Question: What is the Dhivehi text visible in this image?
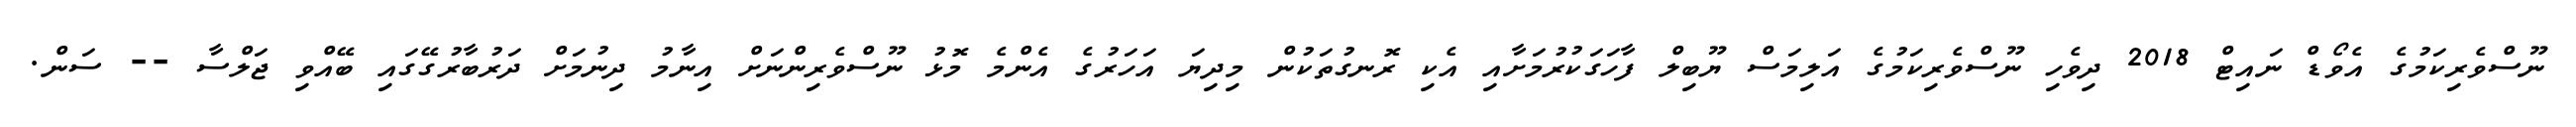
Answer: ނޫސްވެރިކަމުގެ އެވޯޑް ނައިޓް 2018 ދިވެހި ނޫސްވެރިކަމުގެ އަލިމަސް ޔޫބިލް ފާހަގަކުރުމަށާއި އެކި ރޮނގުތަކުން މިދިޔަ އަހަރުގެ އެންމެ މޮޅު ނޫސްވެރިންނަށް އިނާމު ދިނުމަށް ދަރުބާރުގޭގައި ބޭއްވި ޖަލްސާ -- ސަން.